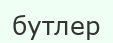
бутлер